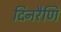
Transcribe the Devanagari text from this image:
दिनरैणि